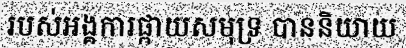
របស់អង្គការផ្កាយសមុទ្រ បាននិយាយ